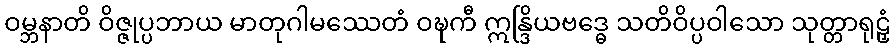
ဝမ္ဘနာတိ ဝိဇ္ဇုပ္ပဘာယ မာတုဂါမဿေတံ ဝဍ္ဎကီ ဣန္ဒြိယဗဒ္ဓေ သတိဝိပ္ပဝါသော သုတ္တာရုဠှံ